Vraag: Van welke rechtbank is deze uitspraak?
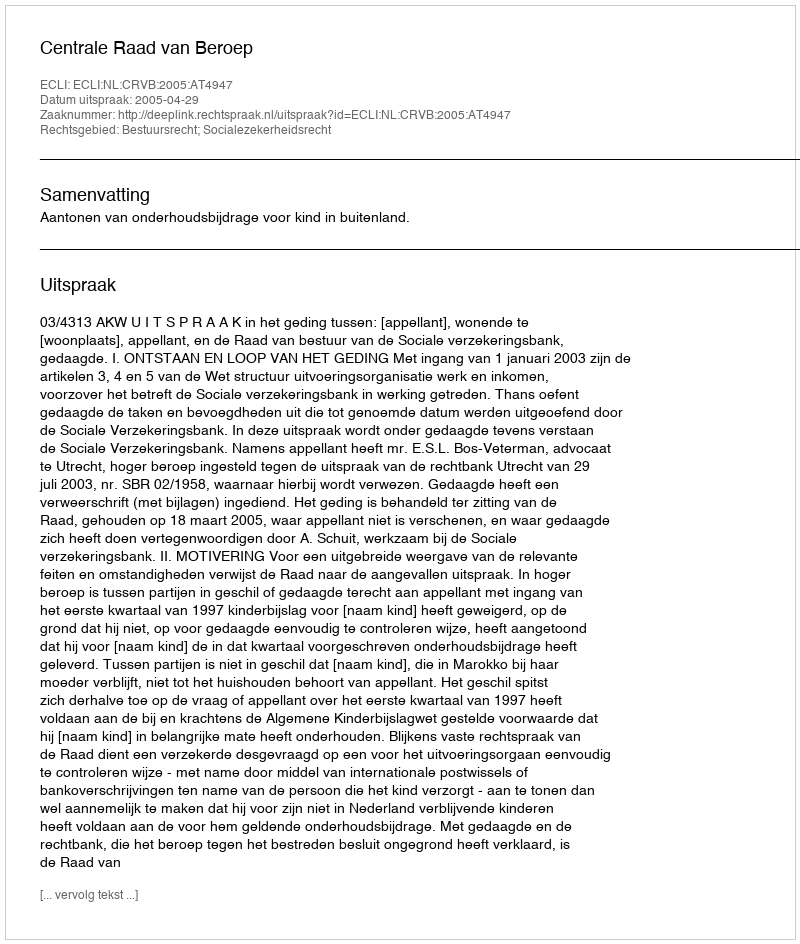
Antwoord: Centrale Raad van Beroep